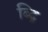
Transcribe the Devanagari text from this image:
ब्द्गि